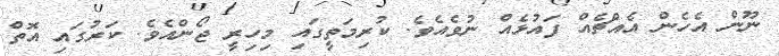
ނޫން އެހެން އެއްޗެއް ފައުޅެއް ނުވެއެވެ. ކުރިމަތީގައި މިހިރީ ޖޯންއެވެ. ކަރުގައި އޮތް